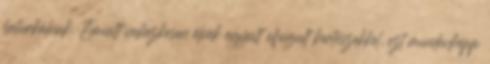
beturkálnak. Emiatt nehézkesen élnek együtt elfogult kertészekkel, ezt mindenképp